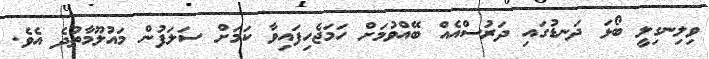
ވިލިނގިލީ ބޯޅަ ދަނޑުގައި ދަރުސްއެއް ބޭއްވުމަށް ހަމަޖެހިފައިވާ ކަމަށް ސަލަފުން މައުލޫމާތުދެ އެވެ.